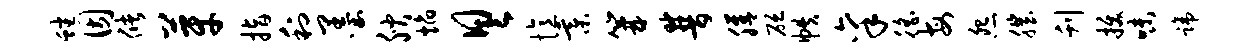
蟠因储芽指利墨腴焰具忆綦篝普膳砭帙禀徭每怨肌刊拔味蹄